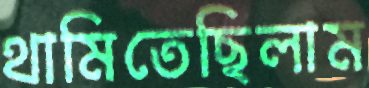
থামিতেছিলাম